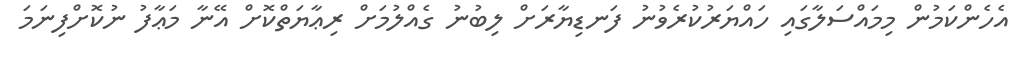
އެހެންކަމުން މިމައްސަލާގައި ހައްޔަރުކުރެވުނު ފަނޑިޔާރަށް ލިބުނު ގެއްލުމަށް ރިޢާޔަތްކޮށް އޭނާ މަޢާފު ނުކޮށްފިނަމަ